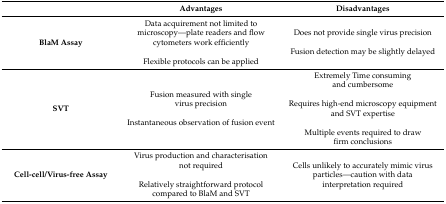
<table><thead><tr><td></td><td><b>Advantages</b></td><td><b>Disadvantages</b></td></tr></thead><tbody><tr><td><b>BlaM Assay</b></td><td>Data acquirement not limited to microscopy—plate readers and flow cytometers work efficientlyFlexible protocols can be applied </td><td>Does not provide single virus precisionFusion detection may be slightly delayed</td></tr><tr><td><b>SVT</b></td><td>Fusion measured with single virus precisionInstantaneous observation of fusion event</td><td>Extremely Time consuming and cumbersomeRequires high-end microscopy equipment and SVT expertiseMultiple events required to draw firm conclusions</td></tr><tr><td><b>Cell-cell/Virus-free Assay</b></td><td>Virus production and characterisation not requiredRelatively straightforward protocol compared to BlaM and SVT</td><td>Cells unlikely to accurately mimic virus particles—caution with data interpretation required</td></tr></tbody></table>